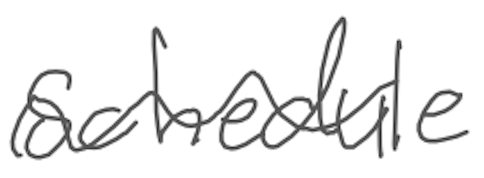
Text: schedule
Cross-out: wave
Writing tool: digital_gray